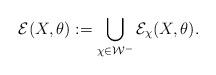
LaTeX: \begin{align*}\mathcal E(X,\theta) := \bigcup_{\chi \in \mathcal W^-} \mathcal E_\chi(X,\theta).\end{align*}